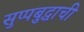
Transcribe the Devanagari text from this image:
सुप्पबुद्धाची